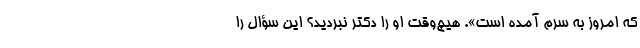
که امروز به سرم آمده است». هیچ‌وقت او را دکتر نبردید؟ این سؤال را